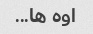
اوه ها...